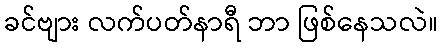
ခင်ဗျား လက်ပတ်နာရီ ဘာ ဖြစ်နေသလဲ။